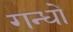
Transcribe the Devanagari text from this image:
गन्धों